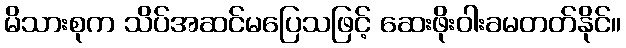
မိသားစုက သိပ်အဆင်မပြေသဖြင့် ဆေးဖိုးဝါးခမတတ်နိုင်။